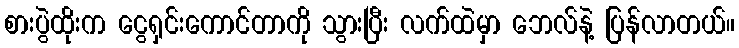
စားပွဲထိုးက ငွေရှင်းကောင်တာကို သွားပြီး လက်ထဲမှာ ဘေလ်နဲ့ ပြန်လာတယ်။